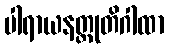
ပါရာယနတ္ထုတိဂါထာ